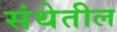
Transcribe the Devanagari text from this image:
संथेतील